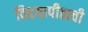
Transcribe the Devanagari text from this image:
विदयापीठाची